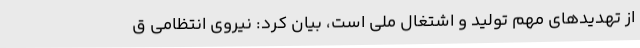
از تهدیدهای مهم تولید و اشتغال ملی است، بیان کرد: نیروی انتظامی ق